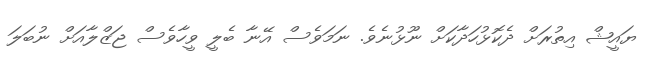
ޔައީޝް އިތުރަށް ދެކޮޅުހަދާކަށް ނޫޅުނެވެ. ނަމަވެސް އޭނާ ބެލީ ވީހާވެސް ޖަޒްލާއަށް ނުބަލަ